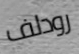
رودلف